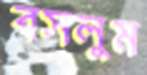
বসলুম